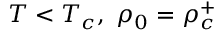
T < T _ { c } , \ \rho _ { 0 } = \rho _ { c } ^ { + }